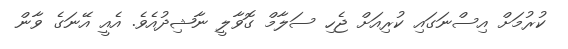
ކުރުމަށް އިސްނަގައި ކުރިއަށް ޖެހި ސަލާމް ގޮވާލީ ނާޝިދުއެވެ. އެއީ އޭނަގެ ވާން